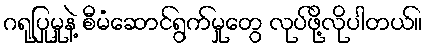
ဂရုပြုမှုနဲ့ စီမံဆောင်ရွက်မှုတွေ လုပ်ဖို့လိုပါတယ်။